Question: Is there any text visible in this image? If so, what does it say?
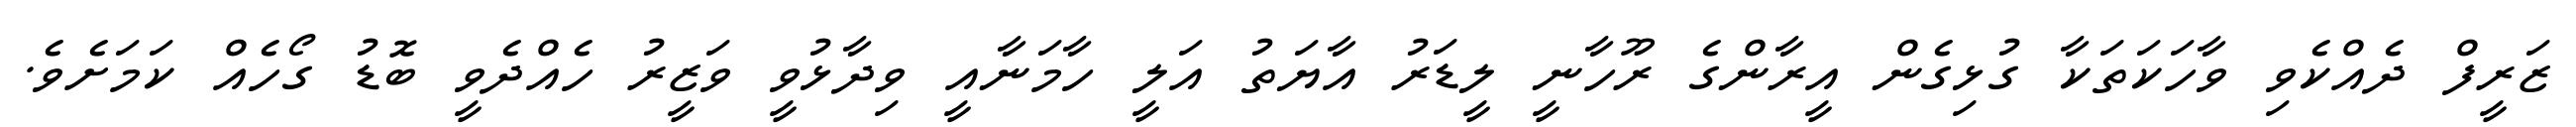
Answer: ޒަރީފް ދެއްކެވި ވާހަކަތަކާ ގުޅިގެން އީރާންގެ ރޫހާނީ ލީޑަރު އާޔަތު އަލީ ހާމަނާއީ ވިދާޅުވީ ވަޒީރު ހެއްދެވީ ބޮޑު ގޯހެއް ކަމަށެވެ.